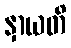
နှာယတိ